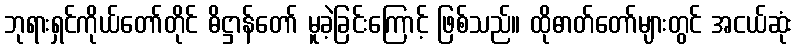
ဘုရားရှင်ကိုယ်တော်တိုင် ဓိဋ္ဌာန်တော် မူခဲ့ခြင်းကြောင့် ဖြစ်သည်။ ထိုဓာတ်တော်များတွင် အငယ်ဆုံး